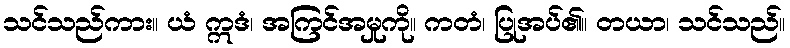
သင်သည်ကား။ ယံ ဣဒံ၊ အကြင်အမှုကို။ ကတံ၊ ပြုအပ်၏။ တယာ၊ သင်သည်။